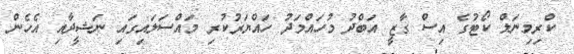
ކްރިމިނަލް ކޯޓުގެ އިސް ގާޒީ އަބްދު މުހައްމަދު ހައްޔަރުކުރި މައްސަލައިގައި ނަޝީދާއި އެހެން